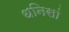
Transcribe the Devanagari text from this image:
धनिसां